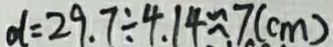
d = 2 9 . 7 \div 4 . 1 4 \approx 7 ( c m )